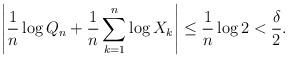
LaTeX: \begin{align*}\left|\dfrac{1}{n}\log Q_n + \dfrac{1}{n}\sum_{k=1}^n\log X_k \right| \leq \dfrac{1}{n}\log 2 < \frac{\delta}{2}.\end{align*}